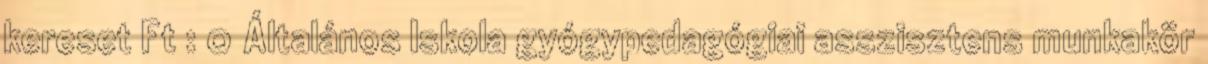
kereset Ft : 0 Általános Iskola gyógypedagógiai asszisztens munkakör